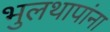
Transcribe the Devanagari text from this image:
भुलथापांना